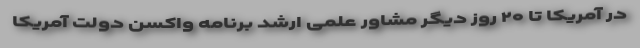
در آمریکا تا ۲۰ روز دیگر مشاور علمی ارشد برنامه واکسن دولت آمریکا